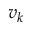
v _ { k }